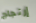
إرتجاج